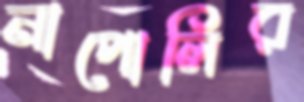
নাপোলির